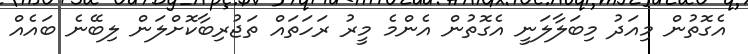
އެގޮތުން މިއަދު މިބަލާލަނީ އެގޮތުން އެންމެ މީރު ރަހަތައް ތަޖުރިބާކޮށްލަން ލިބޭނެ ބައެއް